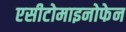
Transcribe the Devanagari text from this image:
एसीटोमाइनोफेन